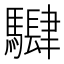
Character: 𱄵